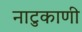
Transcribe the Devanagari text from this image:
नाटुकाणी